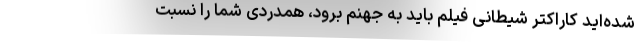
شده‌اید کاراکتر شیطانی فیلم باید به جهنم برود، همدردی شما را نسبت